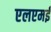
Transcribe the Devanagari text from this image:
एलएमई